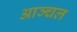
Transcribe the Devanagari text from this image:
आञ्चल